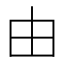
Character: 由